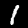
Label: 1